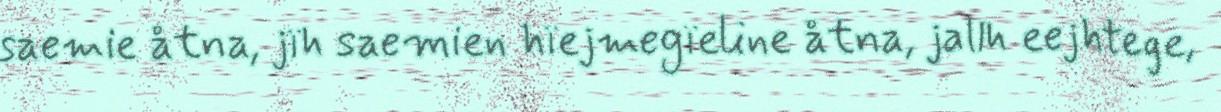
saemie åtna, jïh saemien hïejmegïeline åtna, jallh eejhtege,